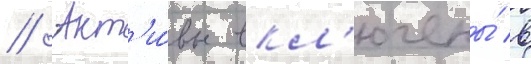
// Акт'и́вы вкл'ючены́ в